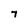
Character: 7